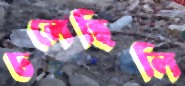
ঢলেছিলি